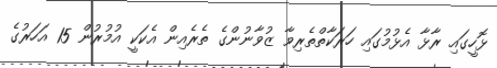
ޅޮހީގައި ރާޅާ އެޅުމުގައި ހަރަކާތްތެރިވާ ޒުވާނުންގެ ތެރެއިން އެކަކީ އުމުރުން 15 އަހަރުގެ